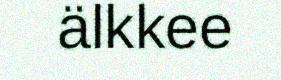
älkkee